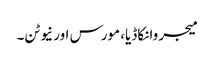
میجر وانکاڈیا، مورس اور نیوٹن۔